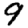
Digit: 9